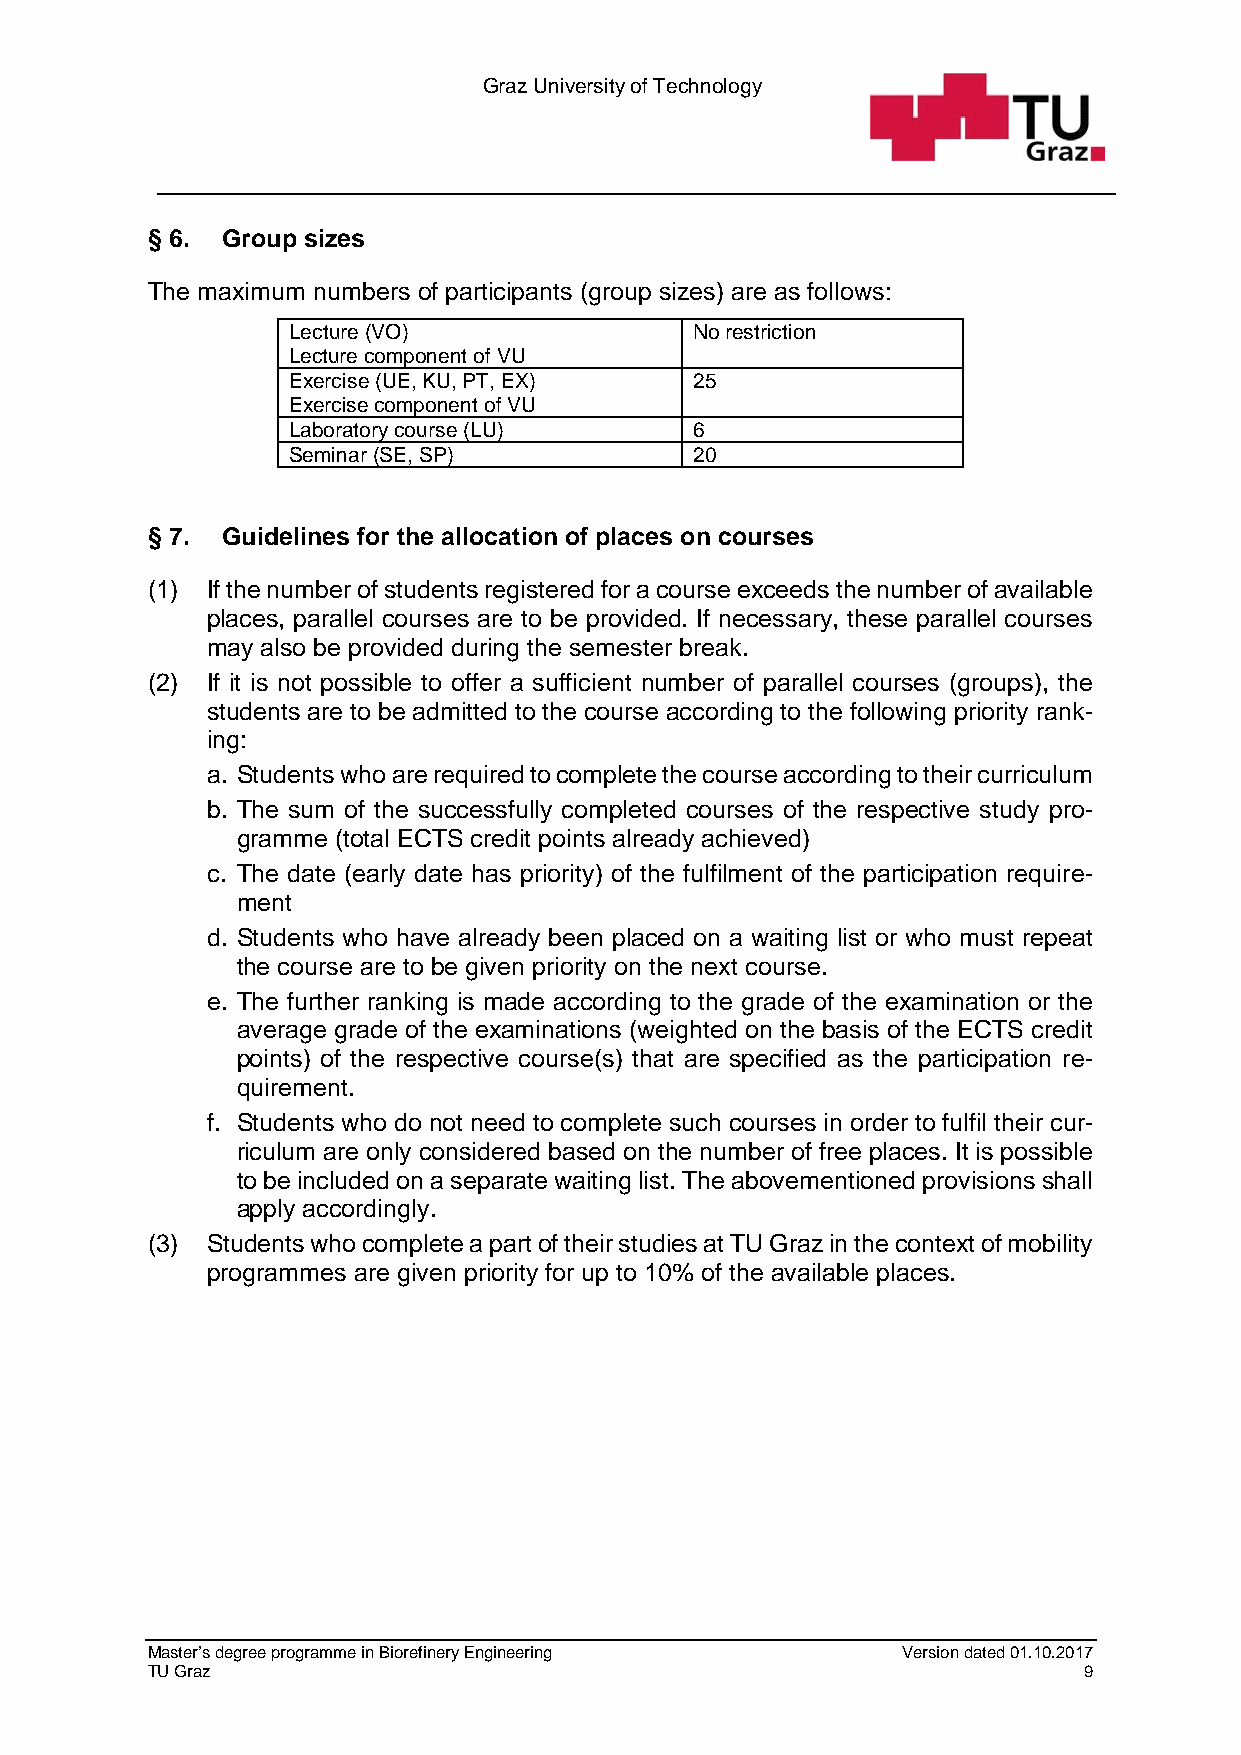
Graz University of Technology
 § 6. Group sizes
 The maximum numbers of participants (group sizes) are as follows:
 Lecture (VO)               No restriction
 Lecture component of VU
 Exercise (UE, KU, PT, EX)  25
 Exercise component of VU
 Laboratory course (LU)     6
 Seminar (SE, SP)           20
 § 7. Guidelines for the allocation of places on courses
 (1) If the number of students registered for a course exceeds the number of available
 places, parallel courses are to be provided. If necessary, these parallel courses
 may also be provided during the semester break.
 (2) If it is not possible to offer a sufficient number of parallel courses (groups), the
 students are to be admitted to the course according to the following priority rank-
 ing:
 a. Students who are required to complete the course according to their curriculum
 b. The sum of the successfully completed courses of the respective study pro-
 gramme (total ECTS credit points already achieved)
 c. The date (early date has priority) of the fulfilment of the participation require-
 ment
 d. Students who have already been placed on a waiting list or who must repeat
 the course are to be given priority on the next course.
 e. The further ranking is made according to the grade of the examination or the
 average grade of the examinations (weighted on the basis of the ECTS credit
 points) of the respective course(s) that are specified as the participation re-
 quirement.
 f. Students who do not need to complete such courses in order to fulfil their cur-
 riculum are only considered based on the number of free places. It is possible
 to be included on a separate waiting list. The abovementioned provisions shall
 apply accordingly.
 (3) Students who complete a part of their studies at TU Graz in the context of mobility
 programmes are given priority for up to 10% of the available places.
 Master’s degree programme in Biorefinery Engineering Version dated 01.10.2017
 TU Graz                                                       9